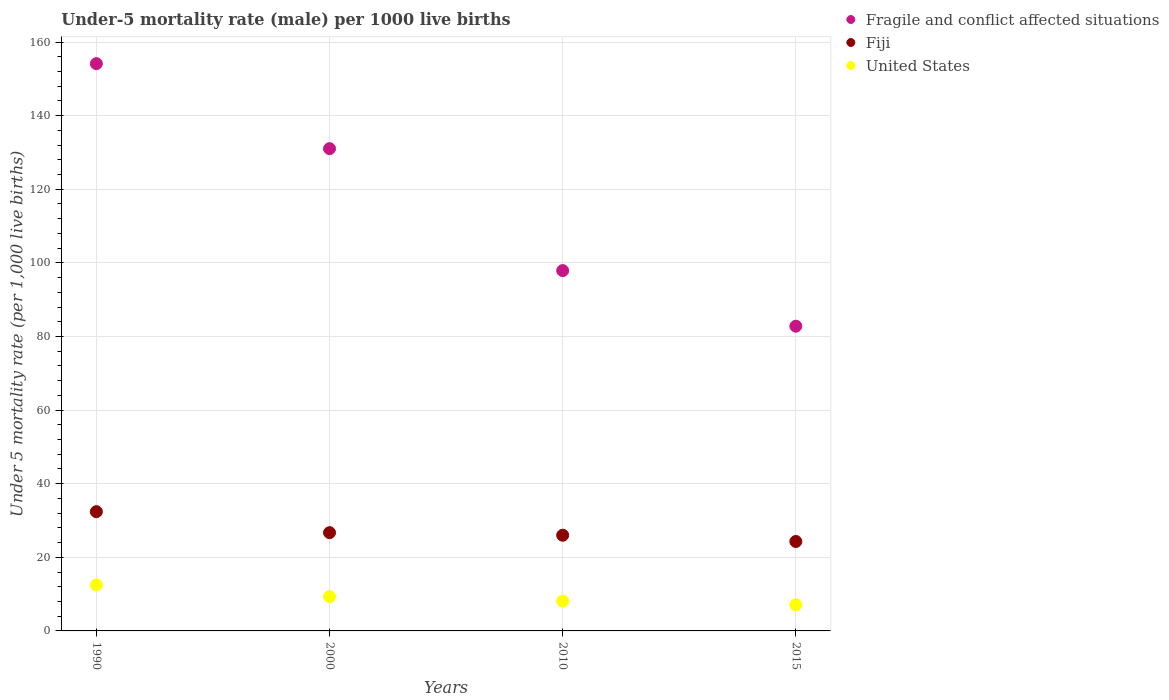
| Years | Fragile and conflict affected situations | Fiji | United States |
 | --- | --- | --- | --- |
 | 1990 | 154 | 32.4 | 12.5 |
 | 2000 | 131 | 26.7 | 9.3 |
 | 2010 | 97.9 | 26 | 8.1 |
 | 2015 | 82.8 | 24.3 | 7.1 |